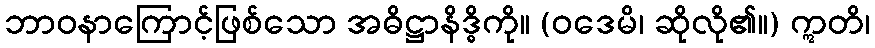
ဘာဝနာကြောင့်ဖြစ်သော အဓိဋ္ဌာနိဒ္ဓိကို။ (ဝဒေမိ၊ ဆိုလို၏။) ဣတိ၊